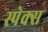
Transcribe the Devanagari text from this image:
स्पेक्स